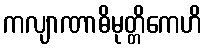
ကလျာဏာဓိမုတ္တိကေဟိ